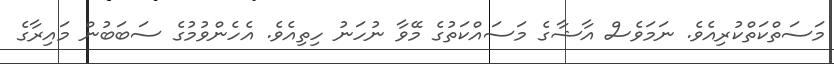
މަސަތްކަތްކުރިއެވެ. ނަމަވެސް އާޝާގެ މަސައްކަތުގެ މޭވާ ނުހަނު ހިތިއެވެ. އެހެންވުމުގެ ސަބަބުން މައިރާގެ